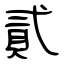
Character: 貳